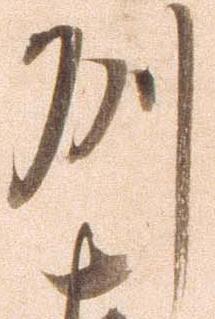
州